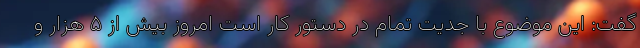
گفت: این موضوع با جدیت تمام در دستور کار است امروز بیش از ۵ هزار و